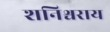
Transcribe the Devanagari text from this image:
शनिश्चराय